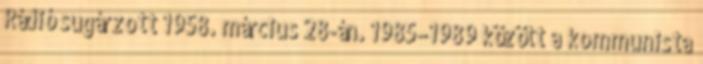
Rádió sugárzott 1958. március 28-án. 1985–1989 között a kommunista